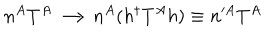
LaTeX: n ^ { A } T ^ { A } \longrightarrow n ^ { A } ( h ^ { \dagger } T ^ { A } h ) \equiv n ^ { \prime A } T ^ { A }